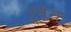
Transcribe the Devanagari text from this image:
ट्वेन्ट